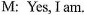
M:Yes, I am.